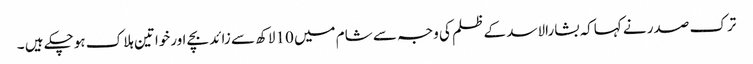
ترک صدر نے کہاکہ بشارالاسد کے ظلم کی وجہ سے شام میں 10لاکھ سے زائد بچے اورخواتین ہلاک ہوچکے ہیں ۔